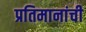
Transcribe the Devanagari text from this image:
प्रतिमानांची